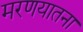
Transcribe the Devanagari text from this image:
मरणयातना